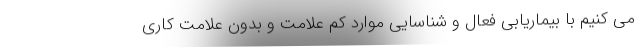
می کنیم با بیماریابی فعال و شناسایی موارد کم علامت و بدون علامت کاری